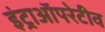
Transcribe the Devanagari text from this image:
इंट्राऑपरेटीव